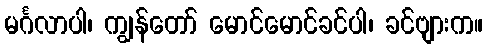
မင်္ဂလာပါ၊ ကျွန်တော် မောင်မောင်ခင်ပါ၊ ခင်ဗျားက။